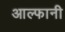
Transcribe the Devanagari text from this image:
आल्फानी